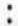
: